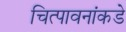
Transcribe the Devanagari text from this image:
चित्पावनांकडे